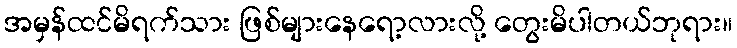
အမှန်ထင်မိရက်သား ဖြစ်များနေရော့လားလို့ တွေးမိပါတယ်ဘုရား။